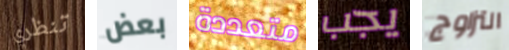
تنظري بعض متعددة يجب التزاوج